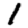
Digit: 1